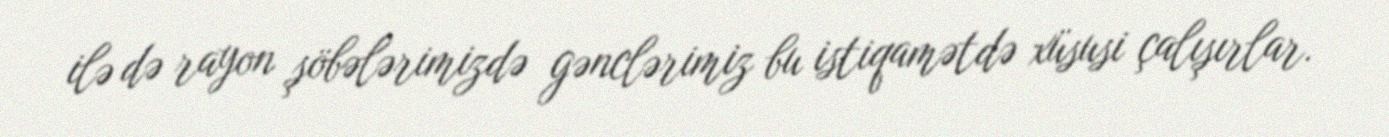
ilə də rayon şöbələrimizdə gənclərimiz bu istiqamətdə xüsusi çalışırlar.